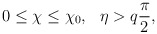
\begin{align*}0\leq\chi\leq\chi_0,~~\eta>q{\pi\over 2},\end{align*}